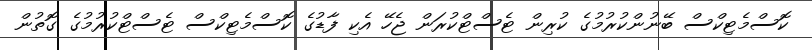
ކޮސްމެޓިކްސް ބޭނުންކުރުމުގެ ކުރިން ޓެސްޓްކުރަން ޖެހޭ އެކި ފާޑުގެ ކޮސްމެޓިކްސް ޓެސްޓްކުރުމުގެ ގޮތުން